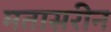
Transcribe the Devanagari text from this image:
मतासरीन